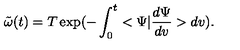
{ \tilde { \omega } } ( t ) = T \exp ( { - \int _ { 0 } ^ { t } < \Psi | { \frac { d \Psi } { d v } } > d v } ) .